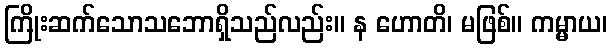
ကြိုးဆက်သောသဘောရှိသည်လည်း။ န ဟောတိ၊ မဖြစ်။ ကမ္မာယ၊